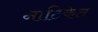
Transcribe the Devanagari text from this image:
नाटिकेत